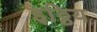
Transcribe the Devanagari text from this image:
इठ्ठिय